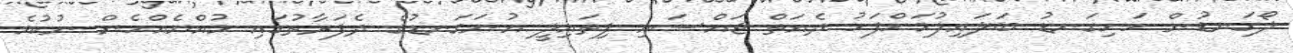
ލޯގަނޑުން ހަށިގަނޑު ބަލައިލުމަށްފަހު ދެއަތް ޖައްސައި ފިތައިލީ އުނަގަނޑުގެ ދެފަރާތުގައި މުއްޔެއްހެން ނުކުމެ